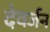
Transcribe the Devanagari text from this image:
देवर्जन